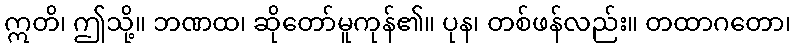
ဣတိ၊ ဤသို့။ ဘဏထ၊ ဆိုတော်မူကုန်၏။ ပုန၊ တစ်ဖန်လည်း။ တထာဂတော၊